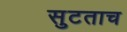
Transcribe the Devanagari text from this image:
सुटताच